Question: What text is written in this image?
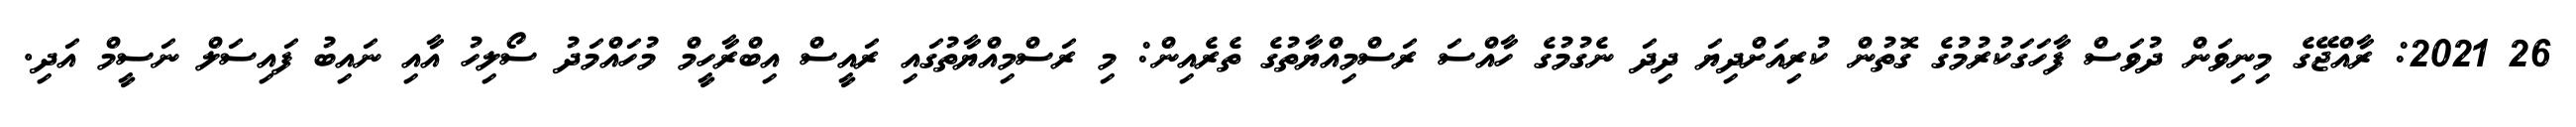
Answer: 26 2021: ރާއްޖޭގެ މިނިވަން ދުވަސް ފާހަގަކުރުމުގެ ގޮތުން ކުރިއަށްދިޔަ ދިދަ ނެގުމުގެ ހާއްސަ ރަސްމިއްޔާތުގެ ތެރެއިން: މި ރަސްމިއްޔާތުގައި ރައީސް އިބްރާހީމް މުހައްމަދު ސޯލިހު އާއި ނައިބު ފައިސަލް ނަސީމް އަދި.